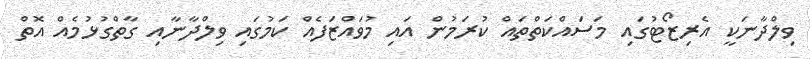
ވިލްދާނަކީ އެރިޒޯޓުގައި މަސައްކަތްތައް ކުރަމުން އައި މުވައްޒަފެއް ކަމުގައި ވިލްދާނާއި ގާތްގުޅުމެއް އޮތް